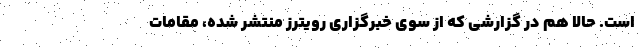
است. حالا هم در گزارشی که از سوی خبرگزاری رویترز منتشر شده، مقامات